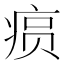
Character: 𤶧